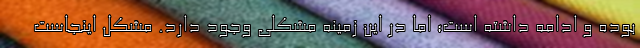
بوده و ادامه داشته است؛ اما در این زمینه مشکلی وجود دارد. مشکل اینجاست